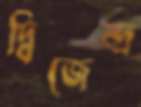
দ্বিজেন্দ্র